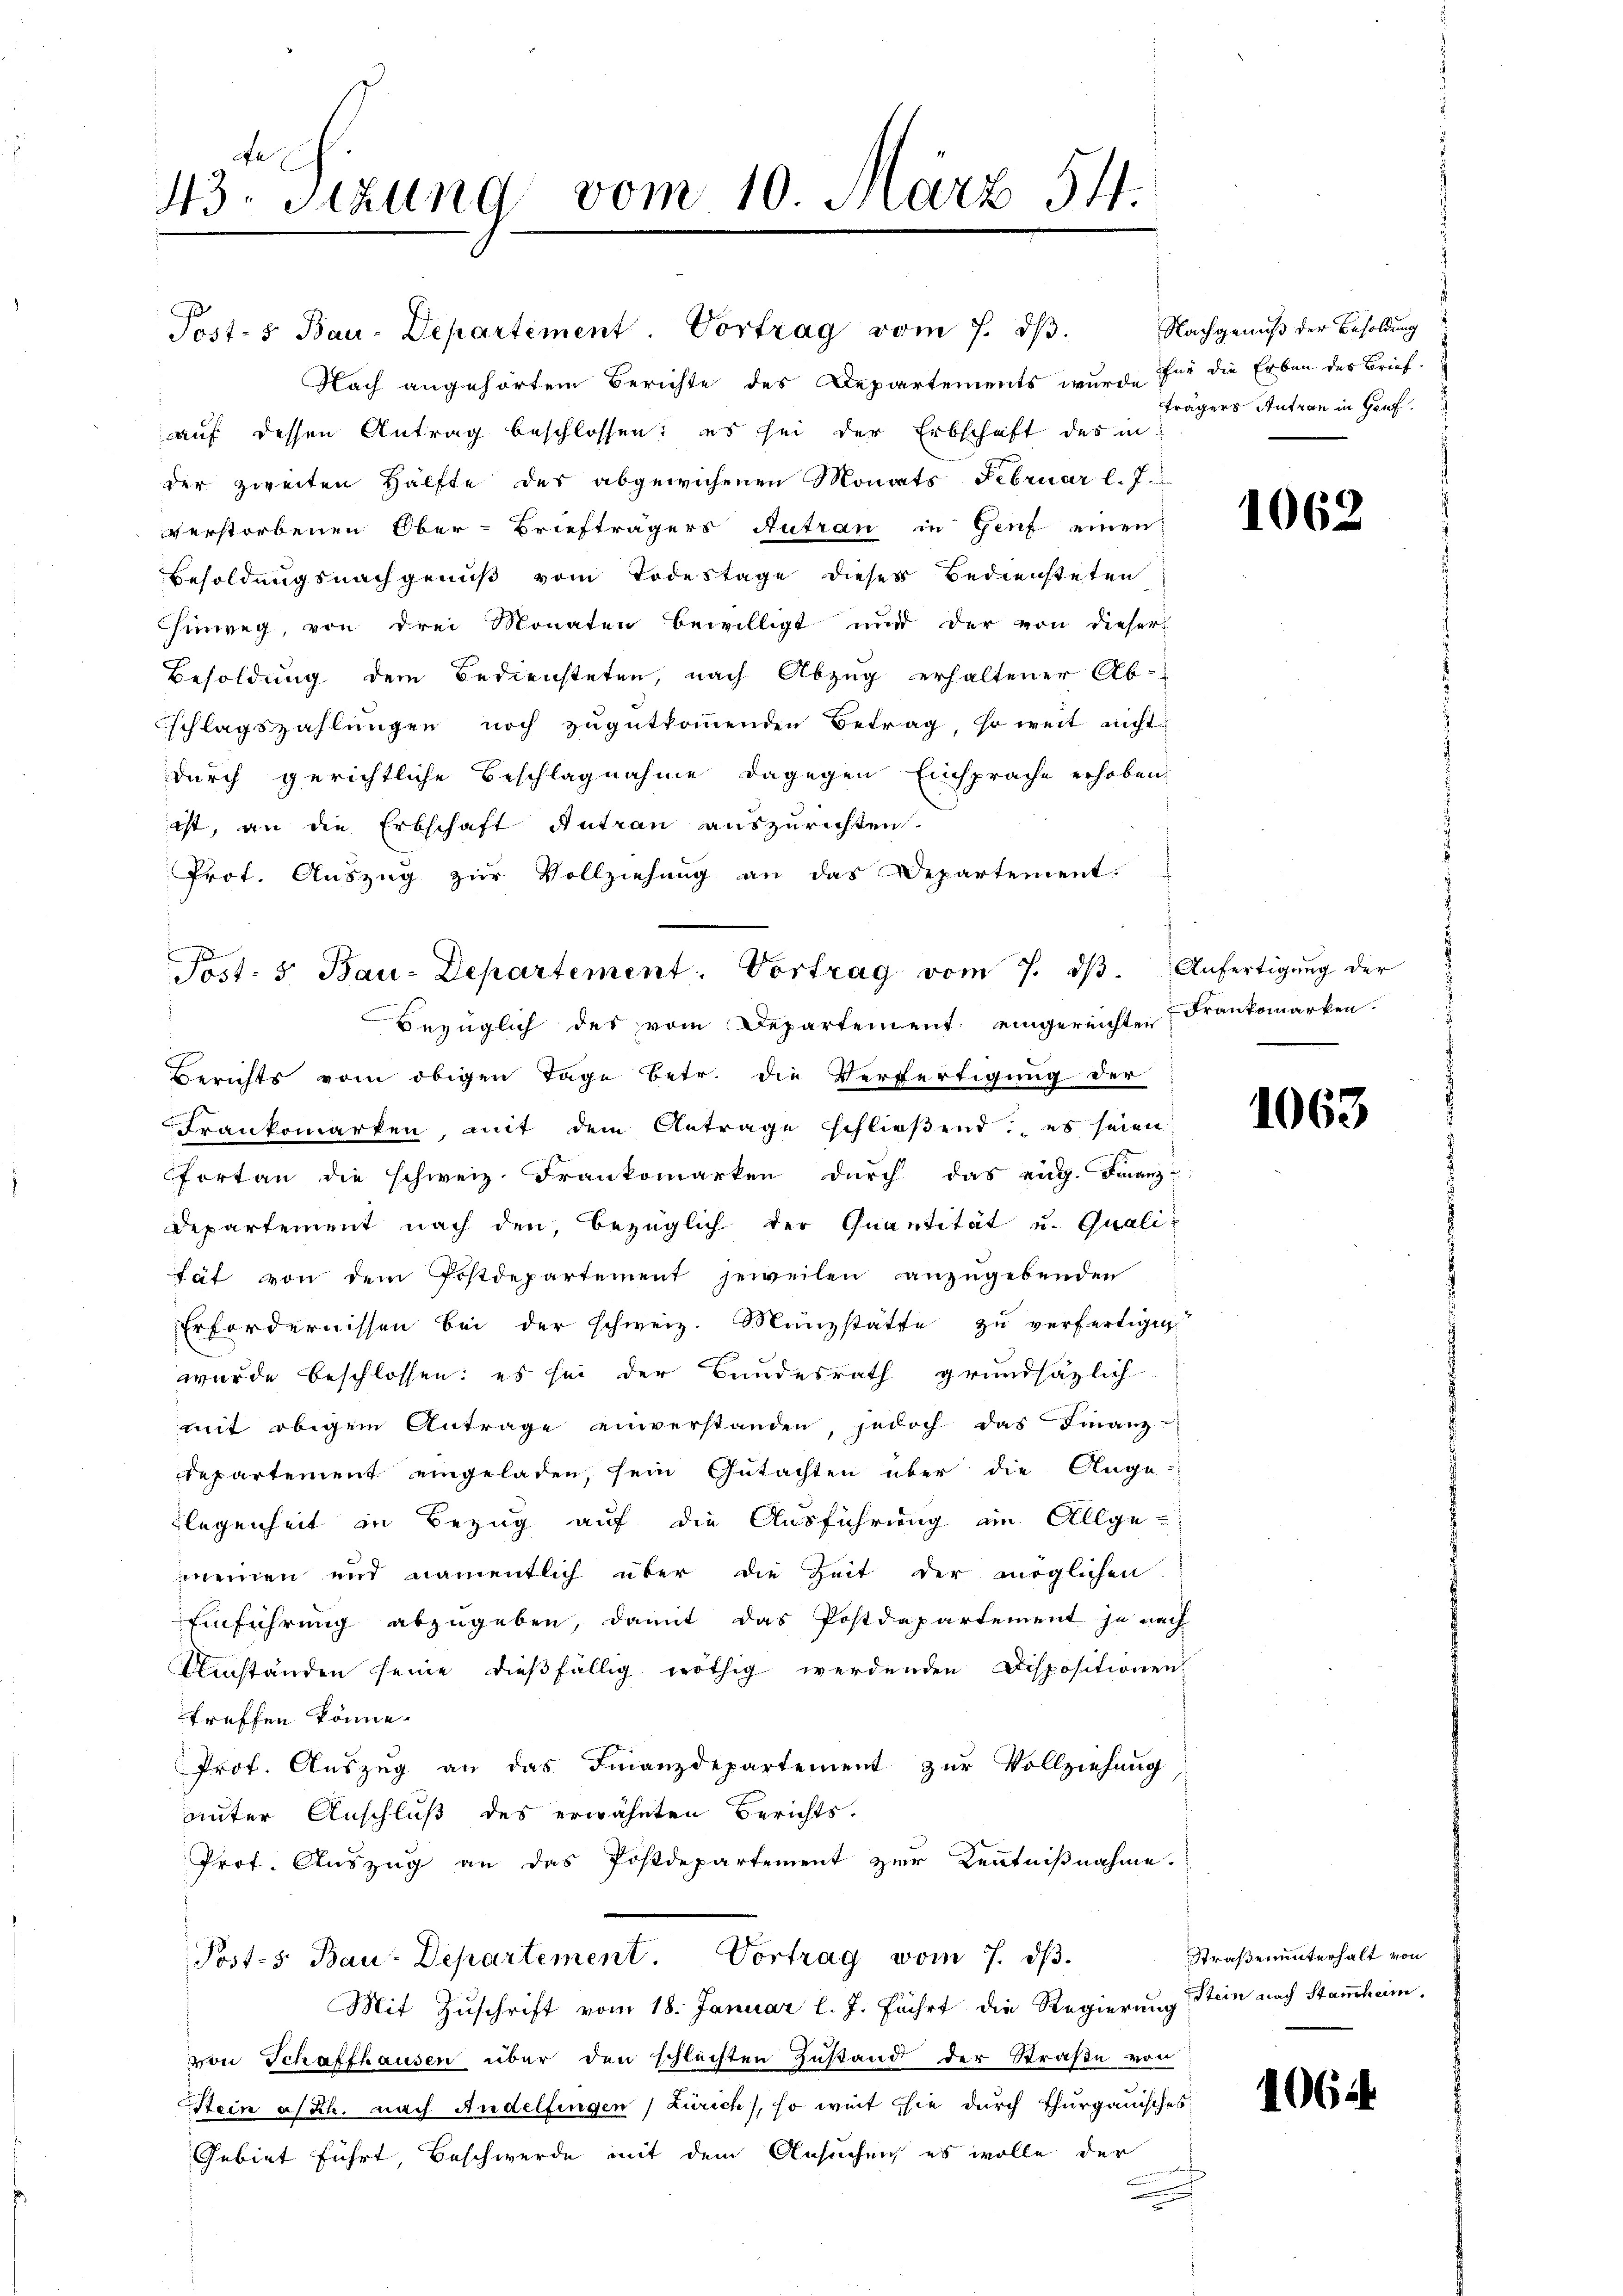
43. Sizung vom 10. März 54.

Post- & Bau-Departement. Vortrag vom 7. dβ.
Nach angehörtem Berichte des Departements wurde für die Erben des Brief-
auf dessen Antrag beschlossen: es sei der Erbschaft des in
der zweiten Hälfte des abgewichenen Monats Februar l. J.
verstorbenen Ober-Briefträgers Antrau in Genf einen
Besoldungsnachgenuß vom Todestage dieses Bediensteten
hinweg, von drei Monaten bewilligt und der von dieser
Besoldung dem Bediensteten, nach Abzug erhaltener Ab-
schlagszahlŭngen noch zŭgŭtkoṁenden Betrag, so weit nicht
durch gerichtliche Beschlagnahme dagegen Einsprache erhoben.
ist, an die Erbschaft Antran auszurichten.
Prot. Auszug zur Vollziehung an das Departement.
Berichts vom obigen Tage betr. die Verfertigung der
Frankomarken, mit dem Antrage schlieβend es seien
fortan die schweiz. Frankomarken durch das eng. Franz-
Departement nach den, bezüglich der Quantität u. Quali-
tät von dem Postdepartement jeweilen anzugebenden
Erfordernissen bei der schweiz. Münzstätte zŭ verfertigen
wurde beschlossen: es sei der Bundesrath grundsätzlich
mit obigem Antrage einverstanden, jedoch das Finanz-
departement eingeladen, sein Gutachten über die Ange-
legenheit in Bezug auf die Ausführung an Allgemeinen und namentlich über die Zeit der möglichen
Einführung abzugeben, damit das Postdepartement je nach
Umständen seine dießfällig nöthig werdenden Dispositionen
treffen könne.
Prof. Auszug an das Finanzdepartement zur Vollziehung
unter Anschluß des erwähnten Berichts-
Prof. Auszug an das Postdepartement zur Kenntnißnahme.
Post- 5. Bau-Departement. Vortrag vom 7. dβ.
Mit Zuschrift vom 18. Januar l. J. führt die Regierung Stein nach Stammheim,
von Schaffhausen über den schlechten Zustand der Straße von
Stein a/Rh. nach Andelfingen, Zürich, so weit sie durch Thurgauisches
Gebiet führt, Beschwerde mit dem Ansuchen es wolle der

.

Sost: 5. Bau-Departement: Vortrag vom 7. dβ. Anfertigŭng der
Bezüglich des vom Departement: eingereichten Frankomarken.

Nachgenuß der Besoldung
trägers Antran in Genf.

1062

1063

Straßenunterhalt von

1064